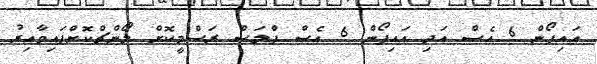
އައިފޯން 6 އެސް އަދި އައިފޯން 6 އެސް ޕްލަސް ރަސްމީކޮށް ލޯންޗްކޮށްފައިވާއިރު